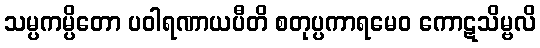
သမ္ပကမ္ပိတော ပဝါရဏာယပီတိ စတုပ္ပကာရမေဝ ကောဋသိမ္ဗလိ